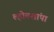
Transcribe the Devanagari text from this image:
ल्होतशांपा